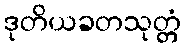
ဒုတိယခတသုတ္တံ